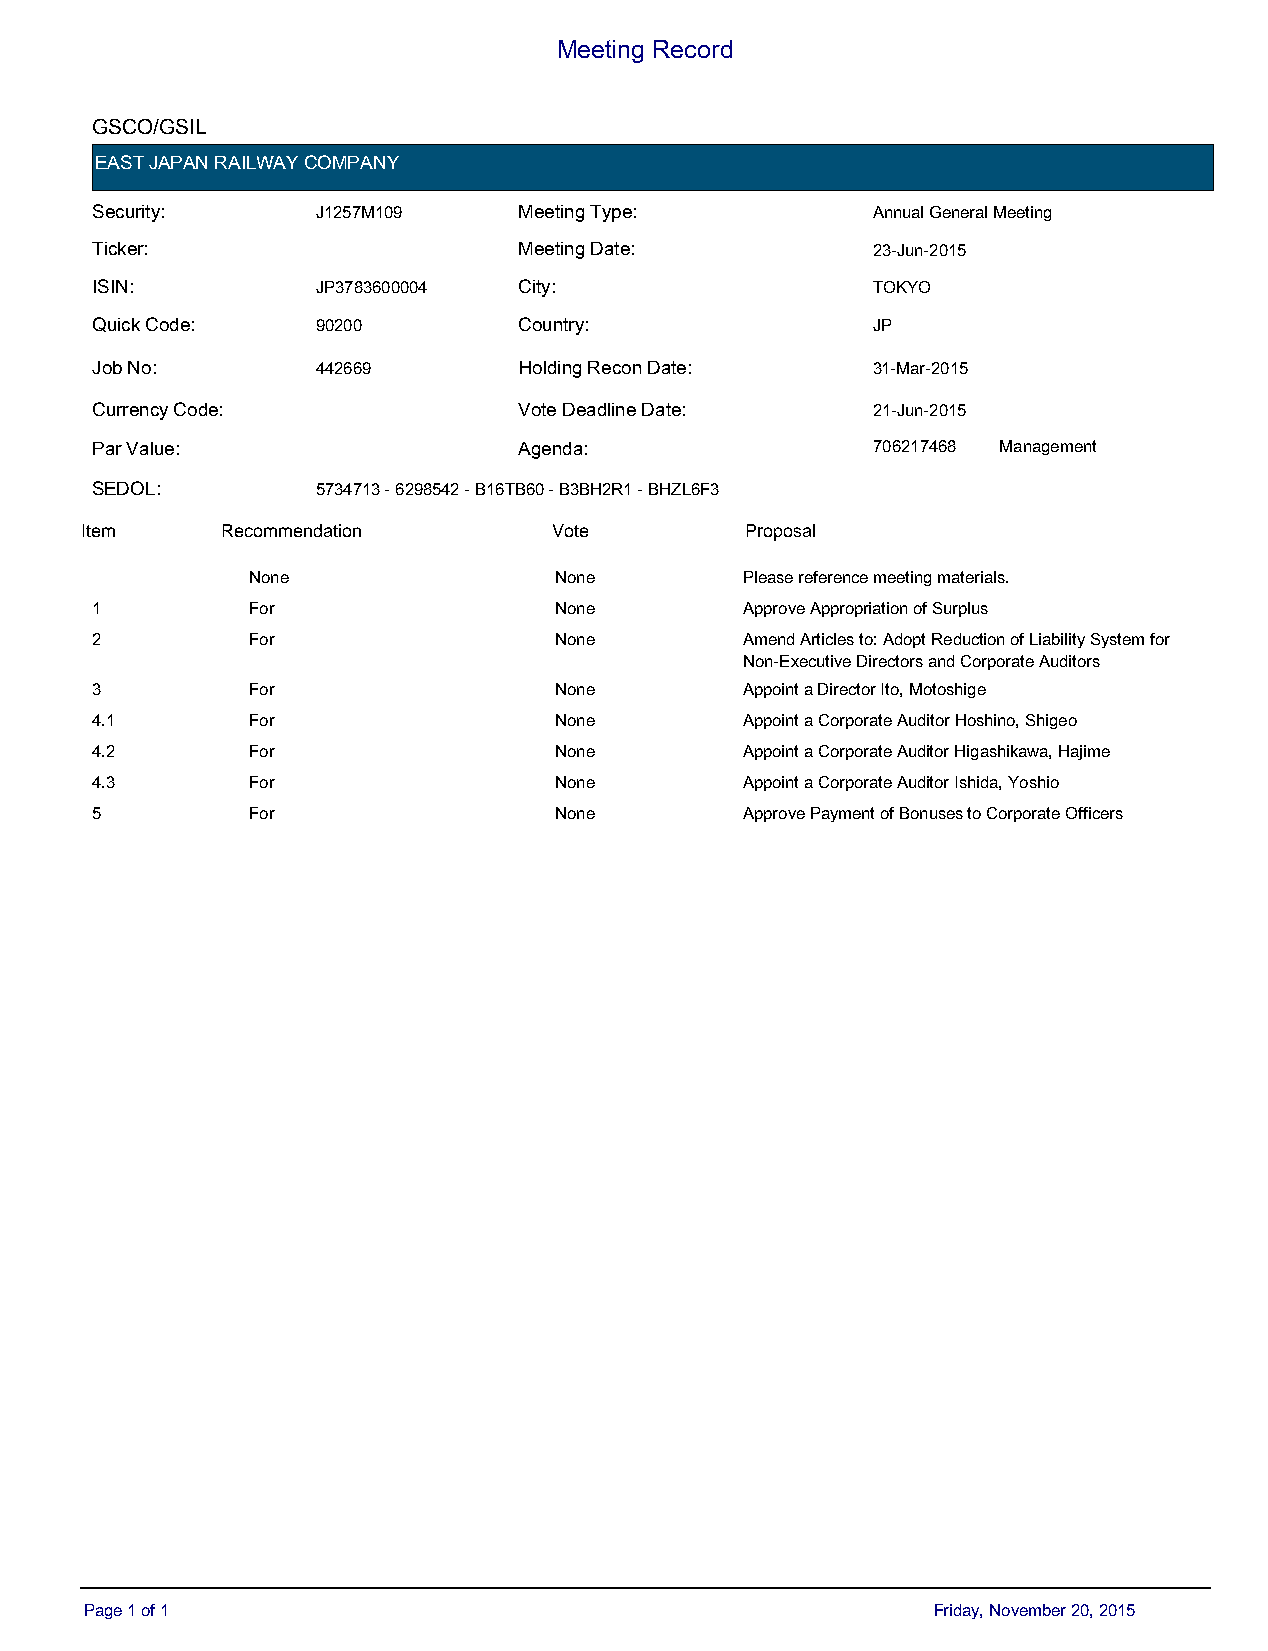
Meeting Record
 GSCO/GSIL
 EAST JAPAN RAILWAY COMPANY
 Security:      J1257M109    Meeting Type:           Annual General Meeting
 Ticker:                     Meeting Date:           23-Jun-2015
 ISIN:          JP3783600004 City:                   TOKYO
 Quick Code:    90200        Country:                JP
 Job No:        442669       Holding Recon Date:     31-Mar-2015
 Currency Code:              Vote Deadline Date:     21-Jun-2015
 Par Value:                  Agenda:                 706217468 Management
 SEDOL:         5734713 - 6298542 - B16TB60 - B3BH2R1 - BHZL6F3
 IteItmem  RecRoemcmomenmdaetniodna t i o n VDoetfea u lt V o t e P Prrooppoossaall
 None                 None        Please reference meeting materials.
 1         For                  None        Approve Appropriation of Surplus
 2         For                  None        Amend Articles to: Adopt Reduction of Liability System for
 Non-Executive Directors and Corporate Auditors
 3         For                  None        Appoint a Director Ito, Motoshige
 4.1       For                  None        Appoint a Corporate Auditor Hoshino, Shigeo
 4.2       For                  None        Appoint a Corporate Auditor Higashikawa, Hajime
 4.3       For                  None        Appoint a Corporate Auditor Ishida, Yoshio
 5         For                  None        Approve Payment of Bonuses to Corporate Officers
 Page 1 of 1                                             Friday, November 20, 2015